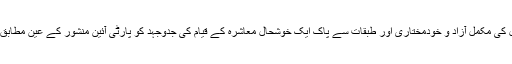
کابینہ کے اجلاس کے بعد علامیہ میں پارٹی کے مقاصد مادروطن جموں کشمیر ٨٤٤٧١ مربع میل کی مکمل آزاد و خودمختاری اور طبقات سے پاک ایک خوشحال معاشرہ کے قیام کی جدوجہد کو پارٹی آئین منشور کے عین مطابق جدوجہد کو جدید دور کے تقاضوں کو ملحوظ خاطر رکھتے ہوئے جاری و ساری رکھا جائے گا ۔